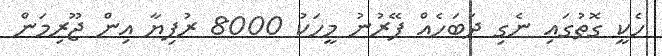
ހެކީ ގޮތުގައި ނެގި ދަބަހެއް ފޭރުނު މީހަކު 8000 ރުފިޔާ އިން ޖޫރިމަން